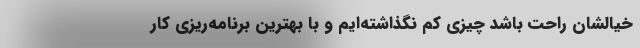
خیالشان راحت باشد چیزی کم نگذاشته‌ایم و با بهترین برنامه‌ریزی کار